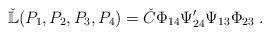
LaTeX: \begin{align*}\check{\mathbb{L}}(P_1,P_2,P_3,P_4) = \check{C} \Phi_{14}\Psi'_{24}\Psi_{13}\Phi_{23} \;. \end{align*}